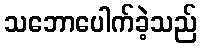
သဘောပေါက်ခဲ့သည်